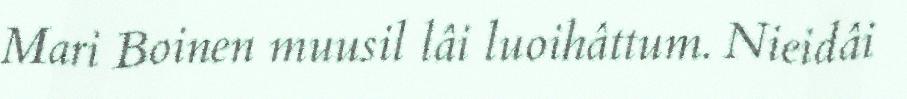
Mari Boinen muusil lâi luoihâttum. Nieidâi